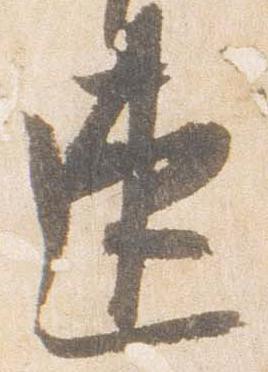
速